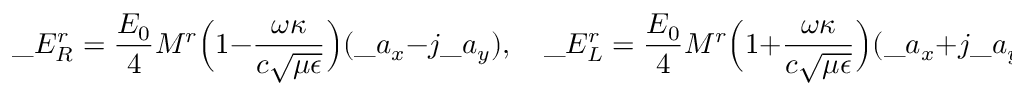
\_ E _ { \/ R } ^ { r } = { \frac { E _ { 0 } } { 4 } } M ^ { r } \Big ( 1 - { \frac { \omega \kappa } { c \sqrt { \mu \epsilon } } } \Big ) ( \_ a _ { x } - j \_ a _ { y } ) , \quad \_ E _ { \/ L } ^ { r } = { \frac { E _ { 0 } } { 4 } } M ^ { r } \Big ( 1 + { \frac { \omega \kappa } { c \sqrt { \mu \epsilon } } } \Big ) ( \_ a _ { x } + j \_ a _ { y } )